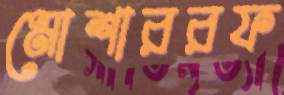
মোশাররফ